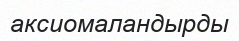
аксиомаландырды